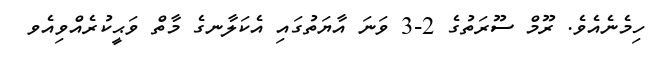
ހިމެނެއެވެ. ރޫމް ސޫރަތުގެ 2-3 ވަނަ އާޔަތުގައި އެކަލާނގެ މާތް ވަޙީކުރެއްވިއެވ